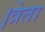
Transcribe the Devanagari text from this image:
।त्रेता